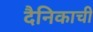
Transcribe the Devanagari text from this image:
दैनिकाची